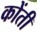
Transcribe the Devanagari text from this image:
कोंती